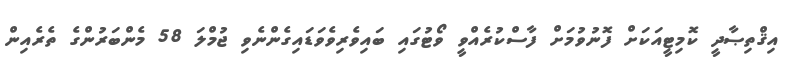
އިޤްތިޞާދީ ކޮމިޓީއަކަށް ފޮނުވުމަށް ފާސްކުރެއްވީ ވޯޓުގައި ބައިވެރިވެވަޑައިގެންނެވި ޖުމްލަ 58 މެންބަރުންގެ ތެރެއިން